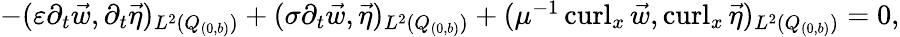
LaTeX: \begin{array}{r}{-(\varepsilon\partial_{t}\vec{w},\partial_{t}\vec{\eta})_{L^{2}(Q_{(0,b)})}+(\sigma\partial_{t}\vec{w},\vec{\eta})_{L^{2}(Q_{(0,b)})}+(\mu^{-1}\operatorname{curl}_{x}\vec{w},\operatorname{curl}_{x}\vec{\eta})_{L^{2}(Q_{(0,b)})}=0,}\end{array}